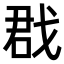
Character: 𢧃